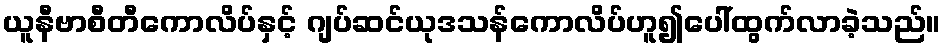
ယူနီဗာစီတီကောလိပ်နှင့် ဂျပ်ဆင်ယုဒသန်ကောလိပ်ဟူ၍ပေါ်ထွက်လာခဲ့သည်။